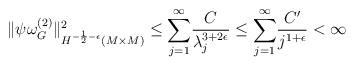
LaTeX: \begin{align*}\|\psi \omega^{(2)}_ {G}\|^2_{H^{-\frac{1}{2}-\epsilon}(M\times M)}&\le \displaystyle{\sum^\infty_{j=1}}\frac{C}{\lambda_j^{3+2\epsilon}}\le \displaystyle{\sum^\infty_{j=1}}\frac{C'}{j^{1+\epsilon}}<\infty\end{align*}